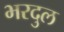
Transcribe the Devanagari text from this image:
भरदुल